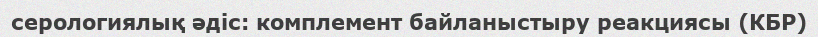
серологиялық әдіс: комплемент байланыстыру реакциясы (КБР)